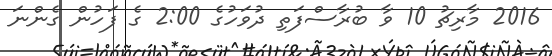
2016 މާރިޗު 10 ވާ ބުރާސްފަތި ދުވަހުގެ 2:00 ގެ ފަހުން ގެންނަ